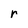
Character: r